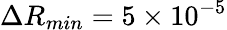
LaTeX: \Delta R_{min}=5\times 10^{-5}